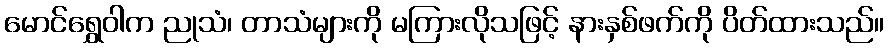
မောင်ရွှေဝါက ညုသံ၊ တာသံများကို မကြားလိုသဖြင့် နားနှစ်ဖက်ကို ပိတ်ထားသည်။